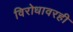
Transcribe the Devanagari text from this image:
विरोधावरही